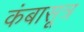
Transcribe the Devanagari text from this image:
कंबासूत्र